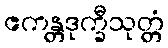
ဧကန္တဒုက္ခီသုတ္တံ